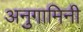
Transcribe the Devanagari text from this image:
अनुगामिनी